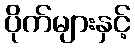
ပိုက်များနှင့်